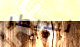
نسيطر